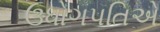
ઉધોગપતિએ